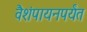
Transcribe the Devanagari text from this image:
वैशंपायनपर्यंत